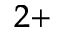
^ { 2 + }